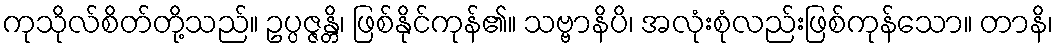
ကုသိုလ်စိတ်တို့သည်။ ဥပ္ပဇ္ဇန္တိ၊ ဖြစ်နိုင်ကုန်၏။ သဗ္ဗာနိပိ၊ အလုံးစုံလည်းဖြစ်ကုန်သော။ တာနိ၊